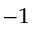
^ { - 1 }